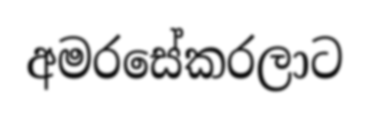
අමරසේකරලාට